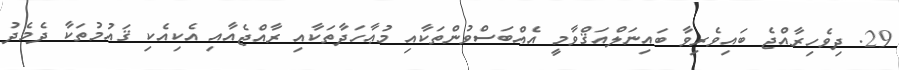
29. ދިވެހިރާއްޖެ ބައިވެރިވާ ބައިނަލްއަޤްވާމީ އެއްބަސްވުންތަކާއި މުޢާހަދާތަކާއި ރާއްޖެއާއި އެކިއެކި ޤައުމުތަކާ ދެމެދު